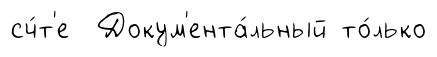
сч́т'е Докум'ента́льный то́лько